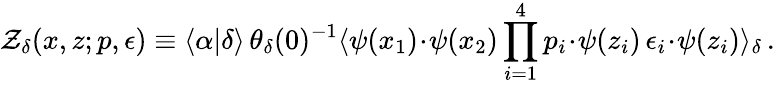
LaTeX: {\cal Z}_{\delta}(x,z;p,\epsilon)\equiv\langle\alpha|\delta\rangle\, \theta_{\delta}(0)^{-1}\langle\psi(x_{1})\! \cdot\! \psi(x_{2})\prod_{i=1}^{4}p_{i}\! \cdot\! \psi(z_{i})\, \epsilon_{i}\! \cdot\! \psi(z_{i})\rangle_{\delta}\, .